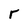
Character: r